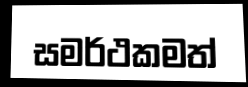
සමර්ථකමත්